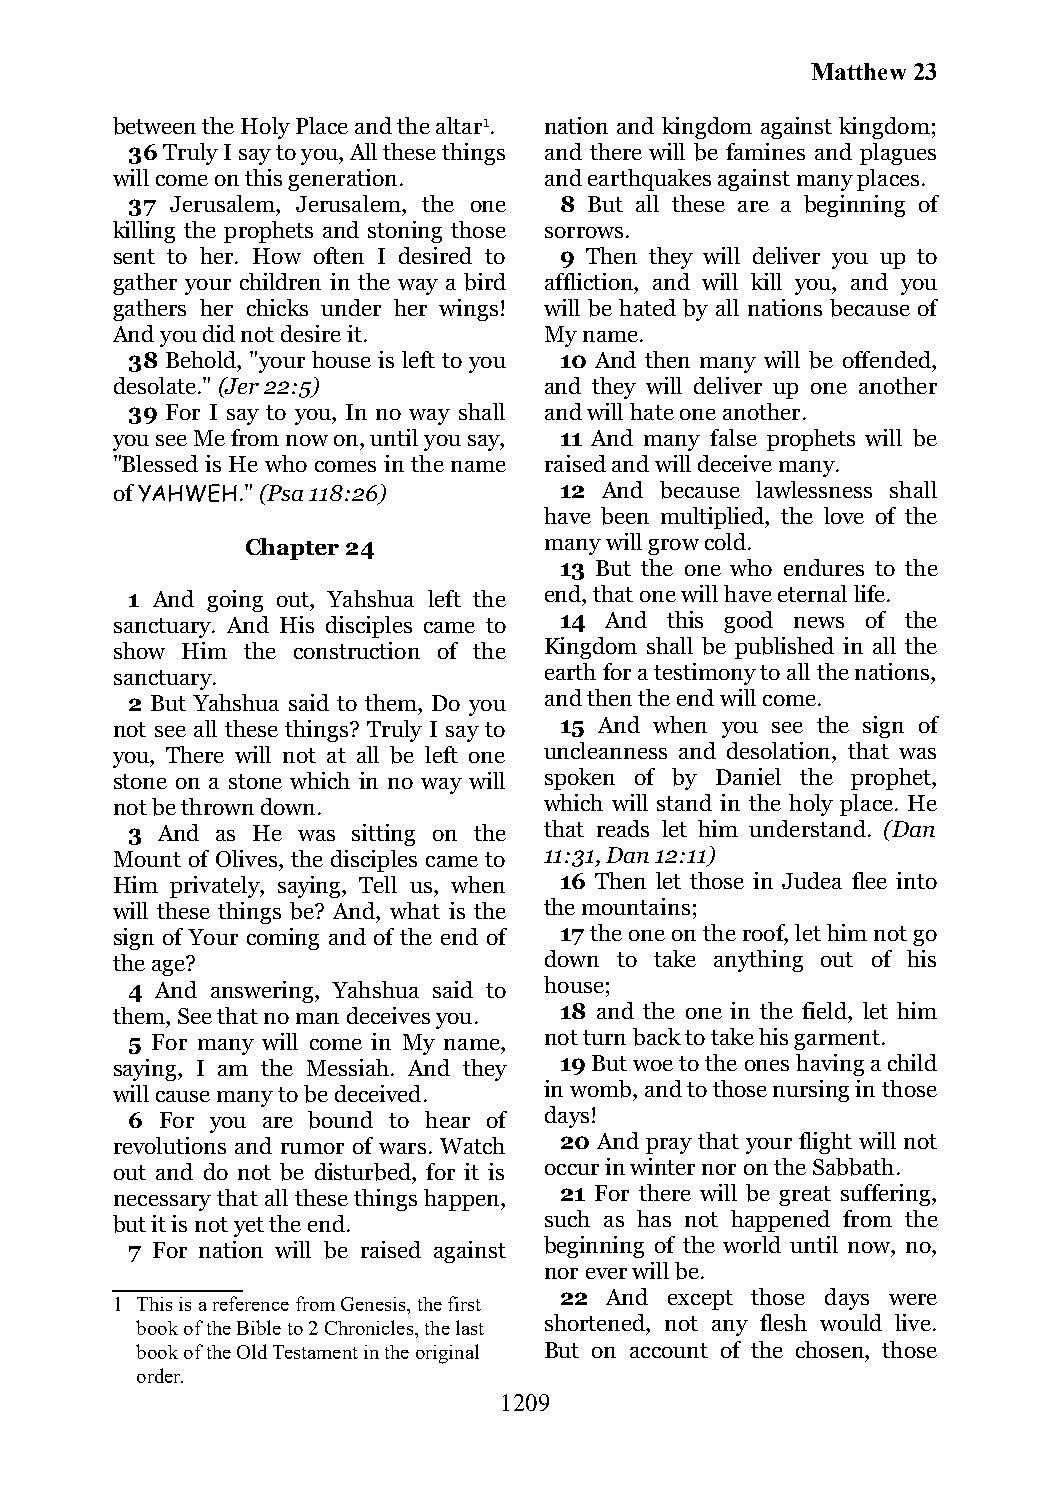
Matthew 23
 between the Holy Place and the altar1. nation and kingdom against kingdom;
 36 Truly I say to you, All these things and there will be famines and plagues
 will come on this generation. and earthquakes against many places.
 37 Jerusalem, Jerusalem, the one 8 But all these are a beginning of
 killing the prophets and stoning those sorrows.
 sent to her. How often I desired to 9 Then they will deliver you up to
 gather your children in the way a bird affliction, and will kill you, and you
 gathers her chicks under her wings! will be hated by all nations because of
 And you did not desire it.   My name.
 38 Behold, "your house is left to you 10 And then many will be offended,
 desolate." (Jer 22:5)        and they will deliver up one another
 39 For I say to you, In no way shall and will hate one another.
 you see Me from now on, until you say, 11 And many false prophets will be
 "Blessed is He who comes in the name raised and will deceive many.
 of YAHWEH." (Psa 118:26)      12 And because lawlessness shall
 have been multiplied, the love of the
 Chapter 24          many will grow cold.
 13 But the one who endures to the
 1 And going out, Yahshua left the end, that one will have eternal life.
 sanctuary. And His disciples came to 14 And this good news of the
 show Him the construction of the Kingdom shall be published in all the
 sanctuary.                   earth for a testimony to all the nations,
 2 But Yahshua said to them, Do you and then the end will come.
 not see all these things? Truly I say to 15 And when you see the sign of
 you, There will not at all be left one uncleanness and desolation, that was
 stone on a stone which in no way will spoken of by Daniel the prophet,
 not be thrown down.          which will stand in the holy place. He
 3 And as He was sitting on the that reads let him understand. (Dan
 Mount of Olives, the disciples came to 11:31, Dan 12:11)
 Him privately, saying, Tell us, when 16 Then let those in Judea flee into
 will these things be? And, what is the the mountains;
 sign of Your coming and of the end of 17 the one on the roof, let him not go
 the age?                     down to take anything out of his
 4 And answering, Yahshua said to house;
 them, See that no man deceives you. 18 and the one in the field, let him
 5 For many will come in My name, not turn back to take his garment.
 saying, I am the Messiah. And they 19 But woe to the ones having a child
 will cause many to be deceived. in womb, and to those nursing in those
 6  For you are bound to hear of days!
 revolutions and rumor of wars. Watch 20 And pray that your flight will not
 out and do not be disturbed, for it is occur in winter nor on the Sabbath.
 necessary that all these things happen, 21 For there will be great suffering,
 but it is not yet the end.   such as has not happened from the
 7 For nation will be raised against beginning of the world until now, no,
 nor ever will be.
 22 And except those days were
 1 This is a reference from Genesis, the first
 book of the Bible to 2 Chronicles, the last shortened, not any flesh would live.
 book of the Old Testament in the original But on account of the chosen, those
 order.
 1209